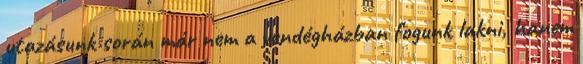
utazásunk során már nem a vendégházban fogunk lakni, hanem